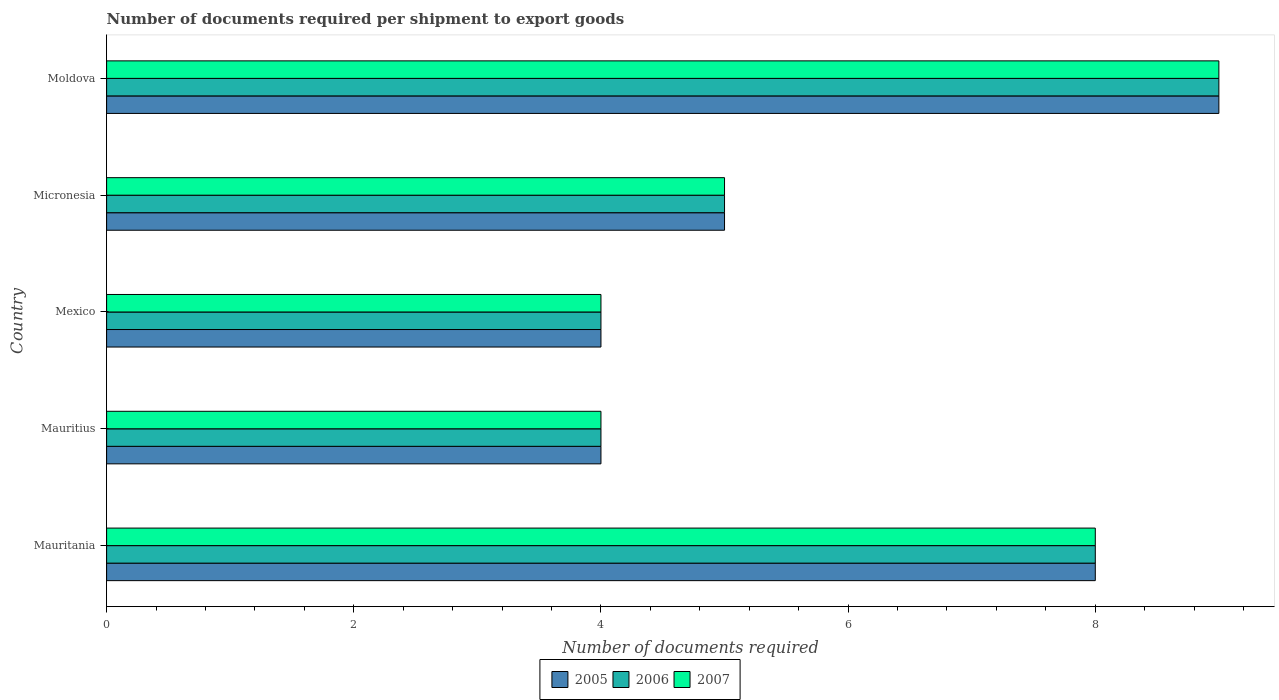
| Country | 2005 | 2006 | 2007 |
 | --- | --- | --- | --- |
 | Mauritania | 8 | 8 | 8 |
 | Mauritius | 4 | 4 | 4 |
 | Mexico | 4 | 4 | 4 |
 | Micronesia | 5 | 5 | 5 |
 | Moldova | 9 | 9 | 9 |